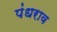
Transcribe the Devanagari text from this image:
पंधराव